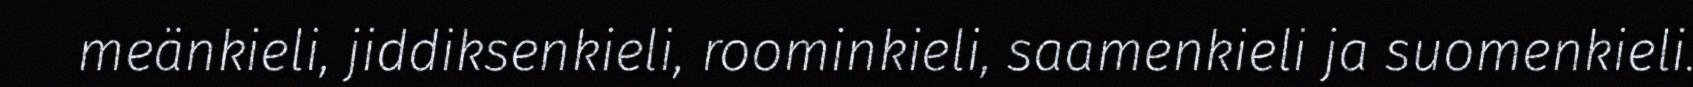
meänkieli, jiddiksenkieli, roominkieli, saamenkieli ja suomenkieli.